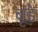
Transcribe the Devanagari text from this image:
बूड़े